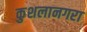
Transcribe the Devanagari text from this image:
कुशलानगरा